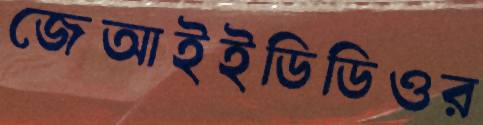
জেআইইডিডিওর